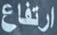
ارتفاع